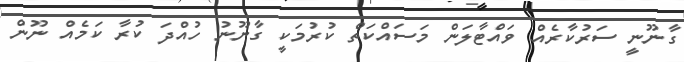
ގާނޫނީ ސަރުކާރެއް ވައްޓާލަން މަސައްކަތް ކުރުމަކީ ގާނޫނު ހުއްދަ ކުރާ ކަމެއް ނޫން